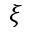
\xi